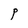
Character: P